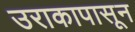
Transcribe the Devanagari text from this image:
उराकापासून